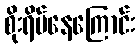
စိုးရိမ်နေကြောင်း